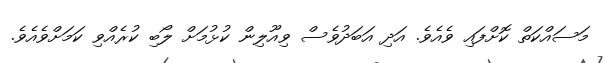
މަސައްކަތް ކޮށްފައި ވެއެވެ. އަދި އަބަދުވެސް ވިއޫލިން ކުޅުމަށް ލޯބި ކުރެއްވި ކަމަށްވެއެވެ.